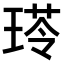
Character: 𤧍